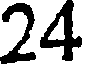
24